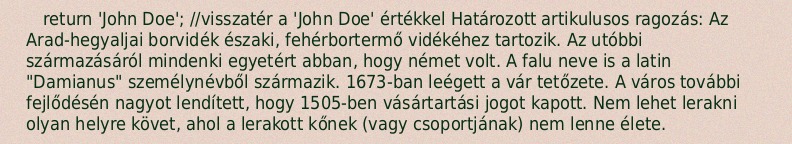
return 'John Doe'; //visszatér a 'John Doe' értékkel Határozott artikulusos ragozás: Az Arad-hegyaljai borvidék északi, fehérbortermő vidékéhez tartozik. Az utóbbi származásáról mindenki egyetért abban, hogy német volt. A falu neve is a latin "Damianus" személynévből származik. 1673-ban leégett a vár tetőzete. A város további fejlődésén nagyot lendített, hogy 1505-ben vásártartási jogot kapott. Nem lehet lerakni olyan helyre követ, ahol a lerakott kőnek (vagy csoportjának) nem lenne élete.